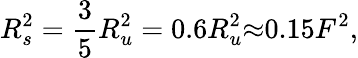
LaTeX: R_{s}^{2}=\frac{3}{5}R_{u}^{2}=0.6R_{u}^{2}{\approx}0.15F^{2},